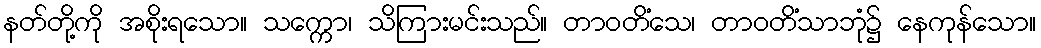
နတ်တို့ကို အစိုးရသော။ သက္ကော၊ သိကြားမင်းသည်။ တာဝတိံသေ၊ တာဝတိံသာဘုံ၌ နေကုန်သော။